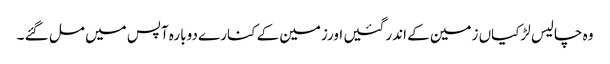
وہ چالیس لڑکیاں زمین کے اندر گئیں اورزمین کے کنارے دوبارہ آپس میں مل گئے ۔